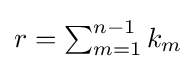
{\textstyle r=\sum _{m=1}^{n-1}k_{m}}